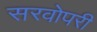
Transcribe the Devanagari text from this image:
सरवोपरी